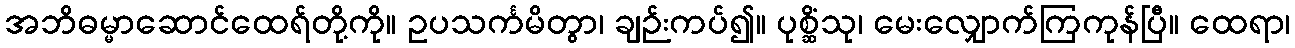
အဘိဓမ္မာဆောင်ထေရ်တို့ကို။ ဥပသင်္ကမိတွာ၊ ချဉ်းကပ်၍။ ပုစ္ဆိံသု၊ မေးလျှောက်ကြကုန်ပြီ။ ထေရာ၊